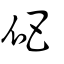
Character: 爬